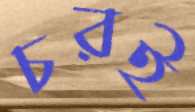
চরই